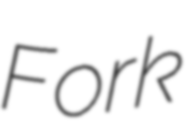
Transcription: Fork